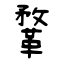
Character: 鞪